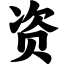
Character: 资